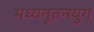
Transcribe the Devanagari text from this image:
मध्यनूतनयुग